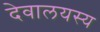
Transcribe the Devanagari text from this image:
देवालयस्य